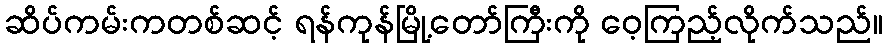
ဆိပ်ကမ်းကတစ်ဆင့် ရန်ကုန်မြို့တော်ကြီးကို ဝေ့ကြည့်လိုက်သည်။